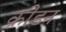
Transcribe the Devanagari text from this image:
क्रीडन